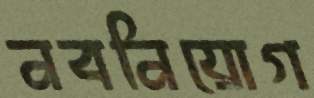
নবনিয়োগ